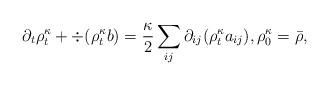
LaTeX: \begin{align*} \partial_t\rho^\kappa_t+\div(\rho^\kappa_t b)= \frac\kappa2 \sum_{ij}\partial_{ij} (\rho^\kappa_t a_{ij} ),\rho^\kappa_0=\bar\rho, \end{align*}